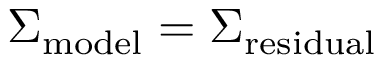
\Sigma _ { \mathrm { m o d e l } } = \Sigma _ { \mathrm { r e s i d u a l } }